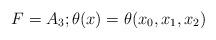
LaTeX: \begin{align*}F=A_{3};\theta (x)=\theta (x_{0},x_{1},x_{2})\end{align*}